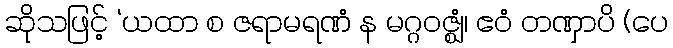
ဆိုသဖြင့် ‘ယထာ စ ဇရာမရဏံ န မဂ္ဂဝဇ္ဈံ၊ ဧဝံ တဏှာပိ (ပေ